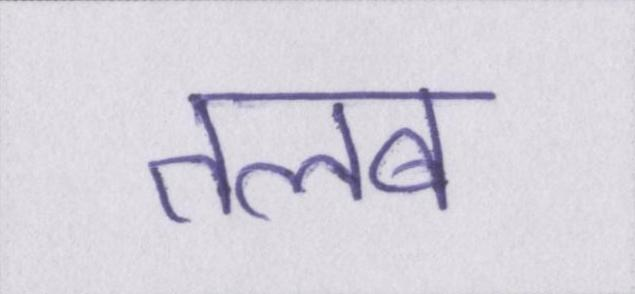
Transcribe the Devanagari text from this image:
तलब